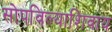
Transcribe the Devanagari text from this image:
सोपविल्याशिवाय